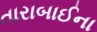
તારાબાઈના